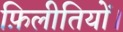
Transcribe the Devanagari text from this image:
फ़िलीतियों।